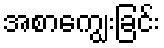
အစာကျွေးခြင်း